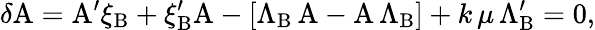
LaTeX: \delta\mathrm{A}=\mathrm{A}^{\prime}\xi_{\mathrm{B}}+\xi_{\mathrm{B}}^{\prime}\mathrm{A}-[\Lambda_{\mathrm{B}}\, \mathrm{A}-\mathrm{A\, }\Lambda_{\mathrm{B}}]+k\, \mu\, \Lambda_{\mathrm{B}}^{\prime}=0,